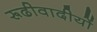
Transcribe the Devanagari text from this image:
रूढीवादीयों